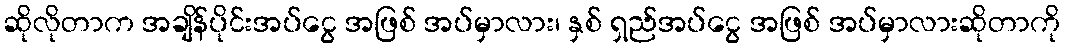
ဆိုလိုတာက အချိန်ပိုင်းအပ်ငွေ အဖြစ် အပ်မှာလား၊ နှစ် ရှည်အပ်ငွေ အဖြစ် အပ်မှာလားဆိုတာကို